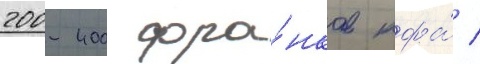
200-400 фра́нков кфа́ /